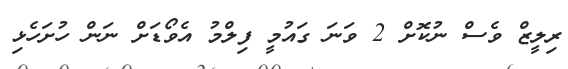
ރިލީޒް ވެސް ނުކޮށް 2 ވަނަ ގައުމީ ފިލްމު އެވޯޑަށް ނަން ހުށަހެޅި